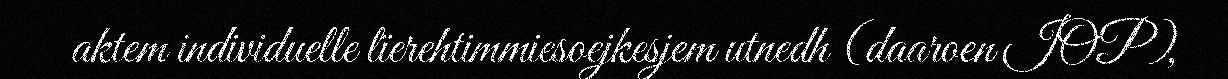
aktem individuelle lïerehtimmiesoejkesjem utnedh (daaroen IOP),